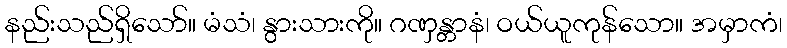
နည်းသည်ရှိသော်။ မံသံ၊ နွားသားကို။ ဂဏှန္တာနံ၊ ဝယ်ယူကုန်သော။ အမှာကံ၊